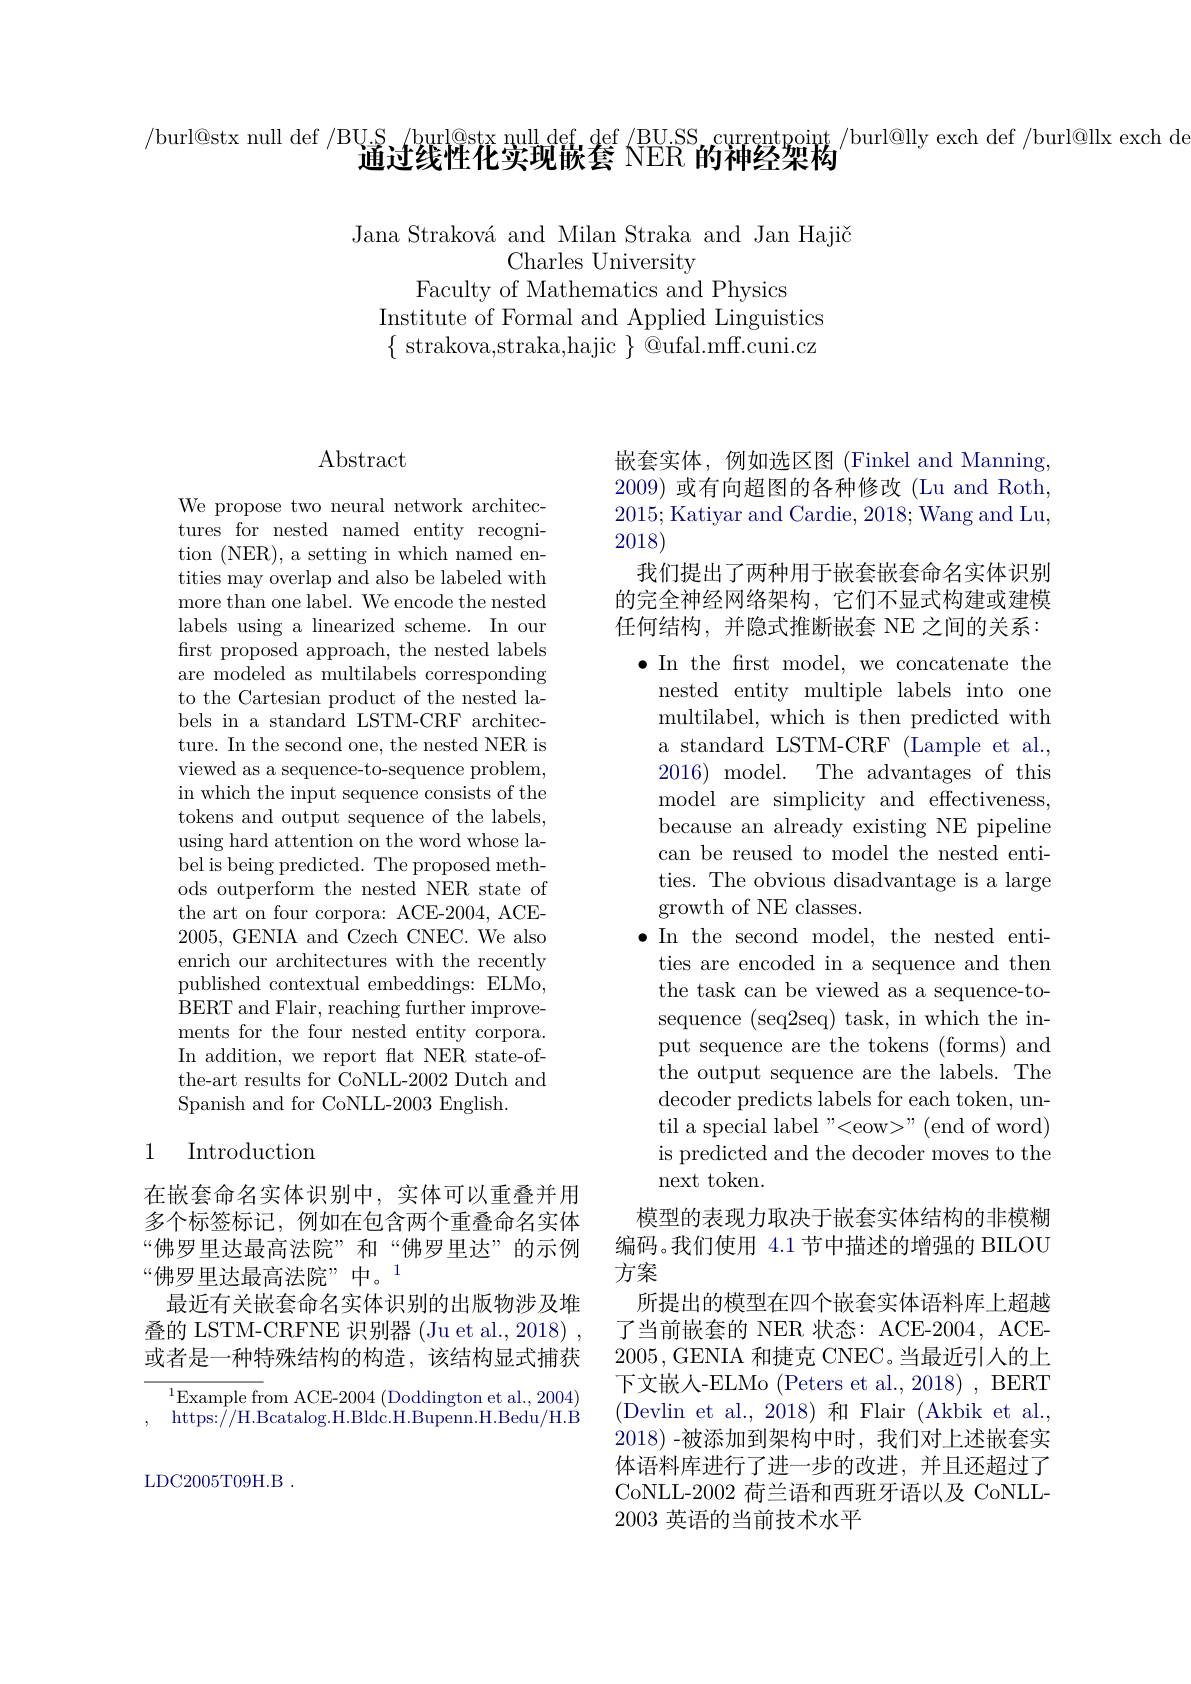
/burl@stx null def /BU.S, /burl@stx null def def /BU.SS currentpoint /burl@lly exch def /burl@llx exch de
通过线性化实现嵌套 NER 的神经架构

Jana Straková and Milan Straka and Jan Hajič
Charles University
Faculty of Mathematics and Physics
Institute of Formal and Applied Linguistics $\{$ strakova,straka,hajic $\}$ @ufal.mff.cuni.cz

## $\operatorname{Abstract}$

We propose two neural network architectures for nested named entity recognition (NER), a setting in which named entities may overlap and also be labeled with more than one label. We encode the nested labels using a linearized scheme. In our first proposed approach, the nested labels are modeled as multilabels corresponding to the Cartesian product of the nested labels in a standard LSTM-CRF architecture. In the second one, the nested NER is viewed as a sequence-to-sequence problem, in which the input sequence consists of the tokens and output sequence of the labels, using hard attention on the word whose label is being predicted. The proposed methods outperform the nested NER state of the art on four corpora: ACE-2004, ACE- 2005,GENIA and Czech CNEC. We also enrich our architectures with the recently published contextual embeddings: ELMo, BERT and Flair, reaching further improvements for the four nested entity corpora. In addition, we report flat NER state-ofthe-art results for CoNLL-2002 Dutch and Spanish and for CoNLL-2003 English.

## 1 Introduction

在嵌套命名实体识别中，实体可以重叠并用多个标签标记，例如在包含两个重叠命名实体“佛罗里达最高法院”和“佛罗里达”的示例“佛罗里达最高法院”中。1
最近有关嵌套命名实体识别的出版物涉及堆叠的 LSTM-CRFNE 识别器 (Ju et al., 2018) 或者是一种特殊结构的构造，该结构显式捕获

$^{1}$Example from ACE-2004(Doddington et al., 2004) https://H.Bcatalog.H.Bldc.H.Bupenn.H.Bedu/H.B

LDC2005T09H.B $LDC2005$T09H.B

嵌套实体，例如选区图(Finkel and Manning, 2009)或有向超图的各种修改 (Lu and Roth, 2015; Katiyar and Cardie, 2018; Wang and Lu, 2018)
我们提出了两种用于嵌套嵌套命名实体识别的完全神经网络架构，它们不显式构建或建模任何结构，并隐式推断嵌套 NE 之间的关系： $\bullet$ In the frst model, we concatenate the
nested entity multiple labels into one multilabel, which is then predicted with a standard LSTM-CRF (Lample et al., $2016)\mod$The advantages of this model are simplicity and effectiveness, because an already existing NE pipeline can be reused to model the nested entities. The obvious disadvantage is a large growth of NE classes.
$\bullet$ In the second model, the nested enti-
ties are encoded in a sequence and then the task can be viewed as a sequence-tosequence (seq2seq) task, in which the input sequence are the tokens (forms) and the output sequence are the labels. The decoder predicts labels for each token, until a special label "<eow>" (end of word) is predicted and the decoder moves to the next token.
模型的表现力取决于嵌套实体结构的非模糊编码。我们使用 4.1 节中描述的增强的 BILOU

方案
所提出的模型在四个嵌套实体语料库上超越了当前嵌套的 NER 状态：ACE-2004, ACE- 2005, GENIA 和捷克 CNEC。当最近引人的上下文嵌人-ELMo (Peters et al., 2018) , BERT (Devlin et al.,2018)和 Flair (Akbik et al., 2018) -被添加到架构中时，我们对上述嵌套实体语料库进行了进一步的改进，并且还超过了CoNLL-2002 荷兰语和西班牙语以及 CoNLL- 2003英语的当前技术水平